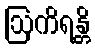
ဩကိရန္တိ